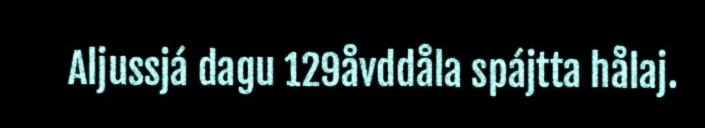
Aljussjá dagu 129åvddåla spájtta hålaj.